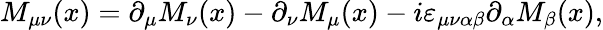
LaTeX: M_{\mu\nu}(x)=\partial_{\mu}M_{\nu}(x)-\partial_{\nu}M_{\mu}(x)-i\varepsilon_{\mu\nu\alpha\beta}\partial_{\alpha}M_{\beta}(x),